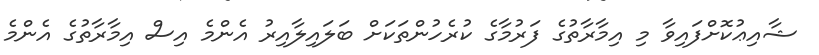
ޝާއިޢުކޮށްފައިވާ މި އިމާރާތުގެ ފަރުމާގެ ކުރެހުންތަކަށް ބަލައިލާއިރު އެންމެ އިސް އިމާރާތުގެ އެންމެ